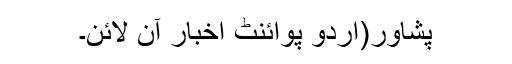
پشاور(اُردو پوائنٹ اخبار آن لائن۔